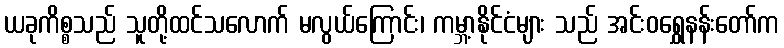
ယခုကိစ္စသည် သူတို့ထင်သလောက် မလွယ်ကြောင်း၊ ကမ္ဘာ့နိုင်ငံများ သည် အင်းဝရွှေနန်းတော်က